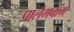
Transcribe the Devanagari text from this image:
पालेमबांग